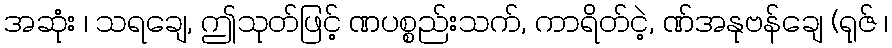
အဆုံး ၊ သရချေ, ဤသုတ်ဖြင့် ဏပစ္စည်းသက်, ကာရိတ်ငဲ့, ဏ်အနုဗန်ချေ (ရုဇ် ၊